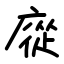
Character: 㢔